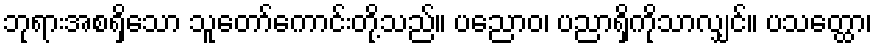
ဘုရားအစရှိသော သူတော်ကောင်းတို့သည်။ ပညောဝ၊ ပညာရှိကိုသာလျှင်။ ပသတ္ထော၊